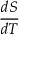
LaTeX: \frac { d S } { d T }